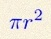
\pi r^2